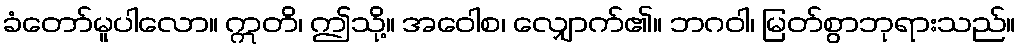
ခံတော်မူပါလော။ ဣတိ၊ ဤသို့။ အဝေါစ၊ လျှောက်၏။ ဘဂဝါ၊ မြတ်စွာဘုရားသည်။